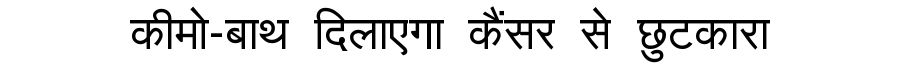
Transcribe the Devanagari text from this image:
कीमो-बाथ दिलाएगा कैंसर से छुटकारा